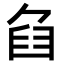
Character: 𦥢